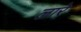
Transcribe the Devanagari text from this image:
लारे